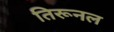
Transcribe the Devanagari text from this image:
तिरूनल